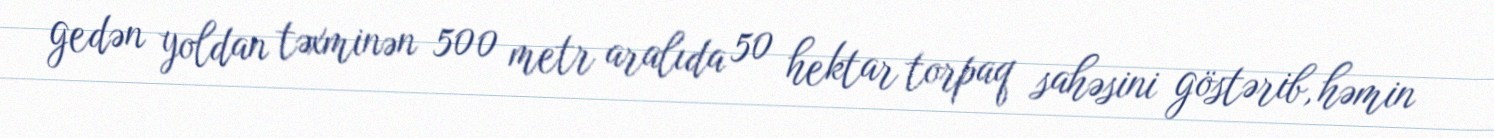
gedən yoldan təxminən 500 metr aralıda 50 hektar torpaq sahəsini göstərib, həmin